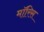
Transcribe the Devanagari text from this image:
माॅरिस